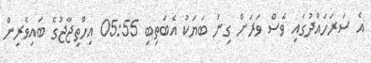
އެ ސަރަހައްދުގައި ވެސް ވަރަށް ގިނަ ބަޔަކު އެބަތިބި 05:55 އިހްތިޖާޖުގެ ބައިވެރިން